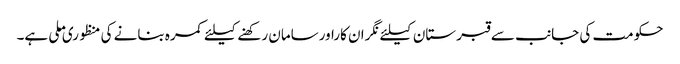
حکومت کی جانب سے قبرستان کیلئے نگران کاراورسامان رکھنے کیلئے کمرہ بنانے کی منظوری ملی ہے۔